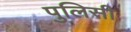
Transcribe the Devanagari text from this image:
पुलिसी